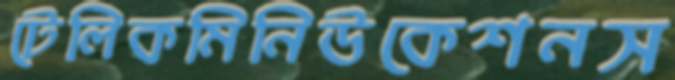
টেলিকমিনিউকেশনস